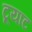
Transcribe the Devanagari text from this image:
टूयाट